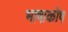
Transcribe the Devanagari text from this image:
भाषाकोष